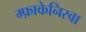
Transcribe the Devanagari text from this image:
म्फ़ाकेनिस्वा